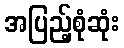
အပြည့်စုံဆုံး